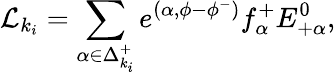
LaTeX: {\cal L}_{k_{i}}=\sum_{\alpha\in\Delta_{k_{i}}^{+}}e^{(\alpha,\phi-\phi^{-})}f_{\alpha}^{+}E_{+\alpha}^{0},